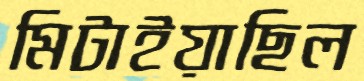
মিটাইয়াছিল